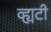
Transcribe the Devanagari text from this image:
व्ह्यटी